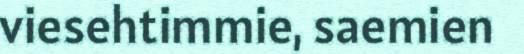
viesehtimmie, saemien